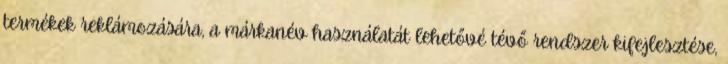
termékek reklámozására, a márkanév használatát lehetővé tévő rendszer kifejlesztése,